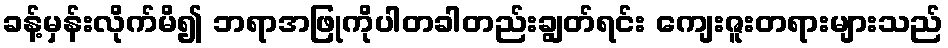
ခန့်မှန်းလိုက်မိ၍ ဘရာအဖြုကိုပါတခါတည်းချွတ်ရင်း ကျေးဇူးတရားများသည်